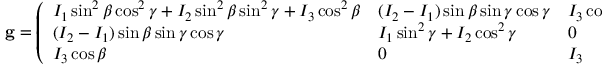
\mathbf { g } = { \left( \begin{array} { l l l } { I _ { 1 } \sin ^ { 2 } \beta \cos ^ { 2 } \gamma + I _ { 2 } \sin ^ { 2 } \beta \sin ^ { 2 } \gamma + I _ { 3 } \cos ^ { 2 } \beta } & { ( I _ { 2 } - I _ { 1 } ) \sin \beta \sin \gamma \cos \gamma } & { I _ { 3 } \cos \beta } \\ { ( I _ { 2 } - I _ { 1 } ) \sin \beta \sin \gamma \cos \gamma } & { I _ { 1 } \sin ^ { 2 } \gamma + I _ { 2 } \cos ^ { 2 } \gamma } & { 0 } \\ { I _ { 3 } \cos \beta } & { 0 } & { I _ { 3 } } \end{array} \right) } .